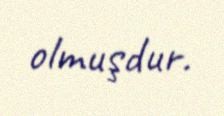
olmuşdur.